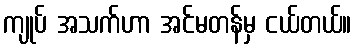
ကျုပ် အသက်ဟာ အင်မတန်မှ ငယ်တယ်။